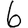
Digit: 6